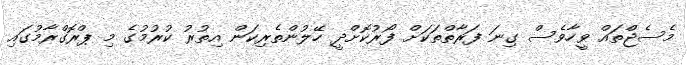
މެސެޖްތައް ވީހާވެސް ގިނަ ފަރާތްތަކަށް ފޯރުކޮށްދީ ހޭލުންތެރިކަން އިތުރު ކުރުމުގެ މި ޕްރޮގްރާމުގައި